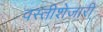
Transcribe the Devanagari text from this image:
वस्तीशेजारी